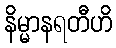
နိမ္မာနရတီဟိ